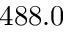
4 8 8 . 0